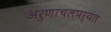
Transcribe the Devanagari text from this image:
अरुणाचलपर्यंत